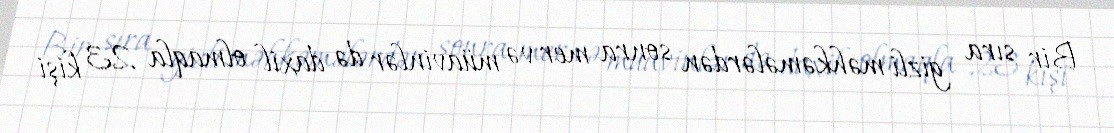
Bir sıra gizli məhkəmələrdən sonra mer və müavinlər də daxil olmaqla 23 kişi